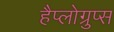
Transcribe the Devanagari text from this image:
हैप्लोग्रुप्स